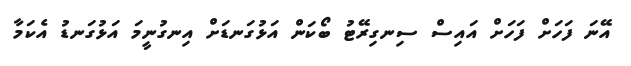
އޭނަ ފަހަށް ފަހަށް އައިސް ސިނގިރޭޓު ބޯކަން އަޅުގަނޑަށް އިނގުނީމަ އަޅުގަނޑު އެކަމާ